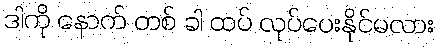
ဒါကို နောက် တစ် ခါ ထပ် လုပ်ပေးနိုင်မလား